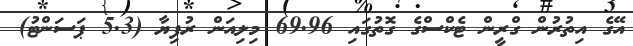
އޭގެ އިތުރުން ގްރީން ޓެކްސްގެ ގޮތުގައި 69.96 މިލިއަން ރުފިޔާ (5.3 ޕަސަންޓު)